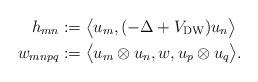
LaTeX: \begin{align*}h_{mn}:=\;&\big\langle u_m,(-\Delta+V_\mathrm{DW})u_n \big\rangle\\w_{mnpq}:=\;& \big\langle u_m\otimes u_n,w, u_p\otimes u_q\big\rangle.\end{align*}